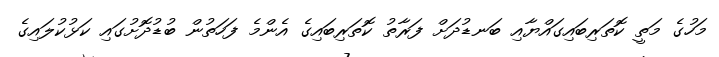
މަހުގެ މަތީ ކޮތަރިބައިގައްޔާއި ބަނޑުދަށް ފަރާތު ކޮތަރިބައިގެ އެންމެ ފަހަތުން ބުޑުދޮށުގައި ކަޅުކުލައިގެ